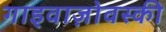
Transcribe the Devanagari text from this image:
गाइवाज़ोवस्की